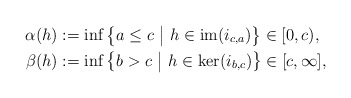
\begin{align*} \alpha(h)&:=\inf\big\{a\leq c\ \big|\ h\in\textrm{im}(i_{c,a})\big\}\in[0,c),\\ \beta(h)&:=\inf\big\{b>c\ \big|\ h\in\ker(i_{b,c})\big\}\in[c,\infty],\end{align*}